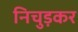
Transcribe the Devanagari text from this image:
निचुड़कर